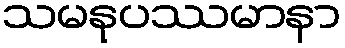
သမနုပဿမာနာ